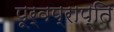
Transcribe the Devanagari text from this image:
पूर्वप्राप्ति